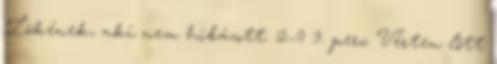
Lökének, aki nem hibázott. 2–0 3. perc Vérten lőtt